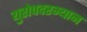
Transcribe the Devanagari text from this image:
युरोपदरम्यान